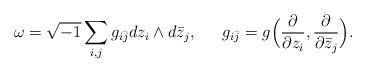
LaTeX: \begin{align*}\omega=\sqrt{-1}\sum_{i,j}g_{i\bar{j}}dz_i\wedge d\bar{z}_j,\phantom{=}\phantom{=} g_{i\bar{j}}=g\Big(\frac{\partial}{\partial z_i},\frac{\partial}{\partial \bar{z}_j}\Big).\end{align*}